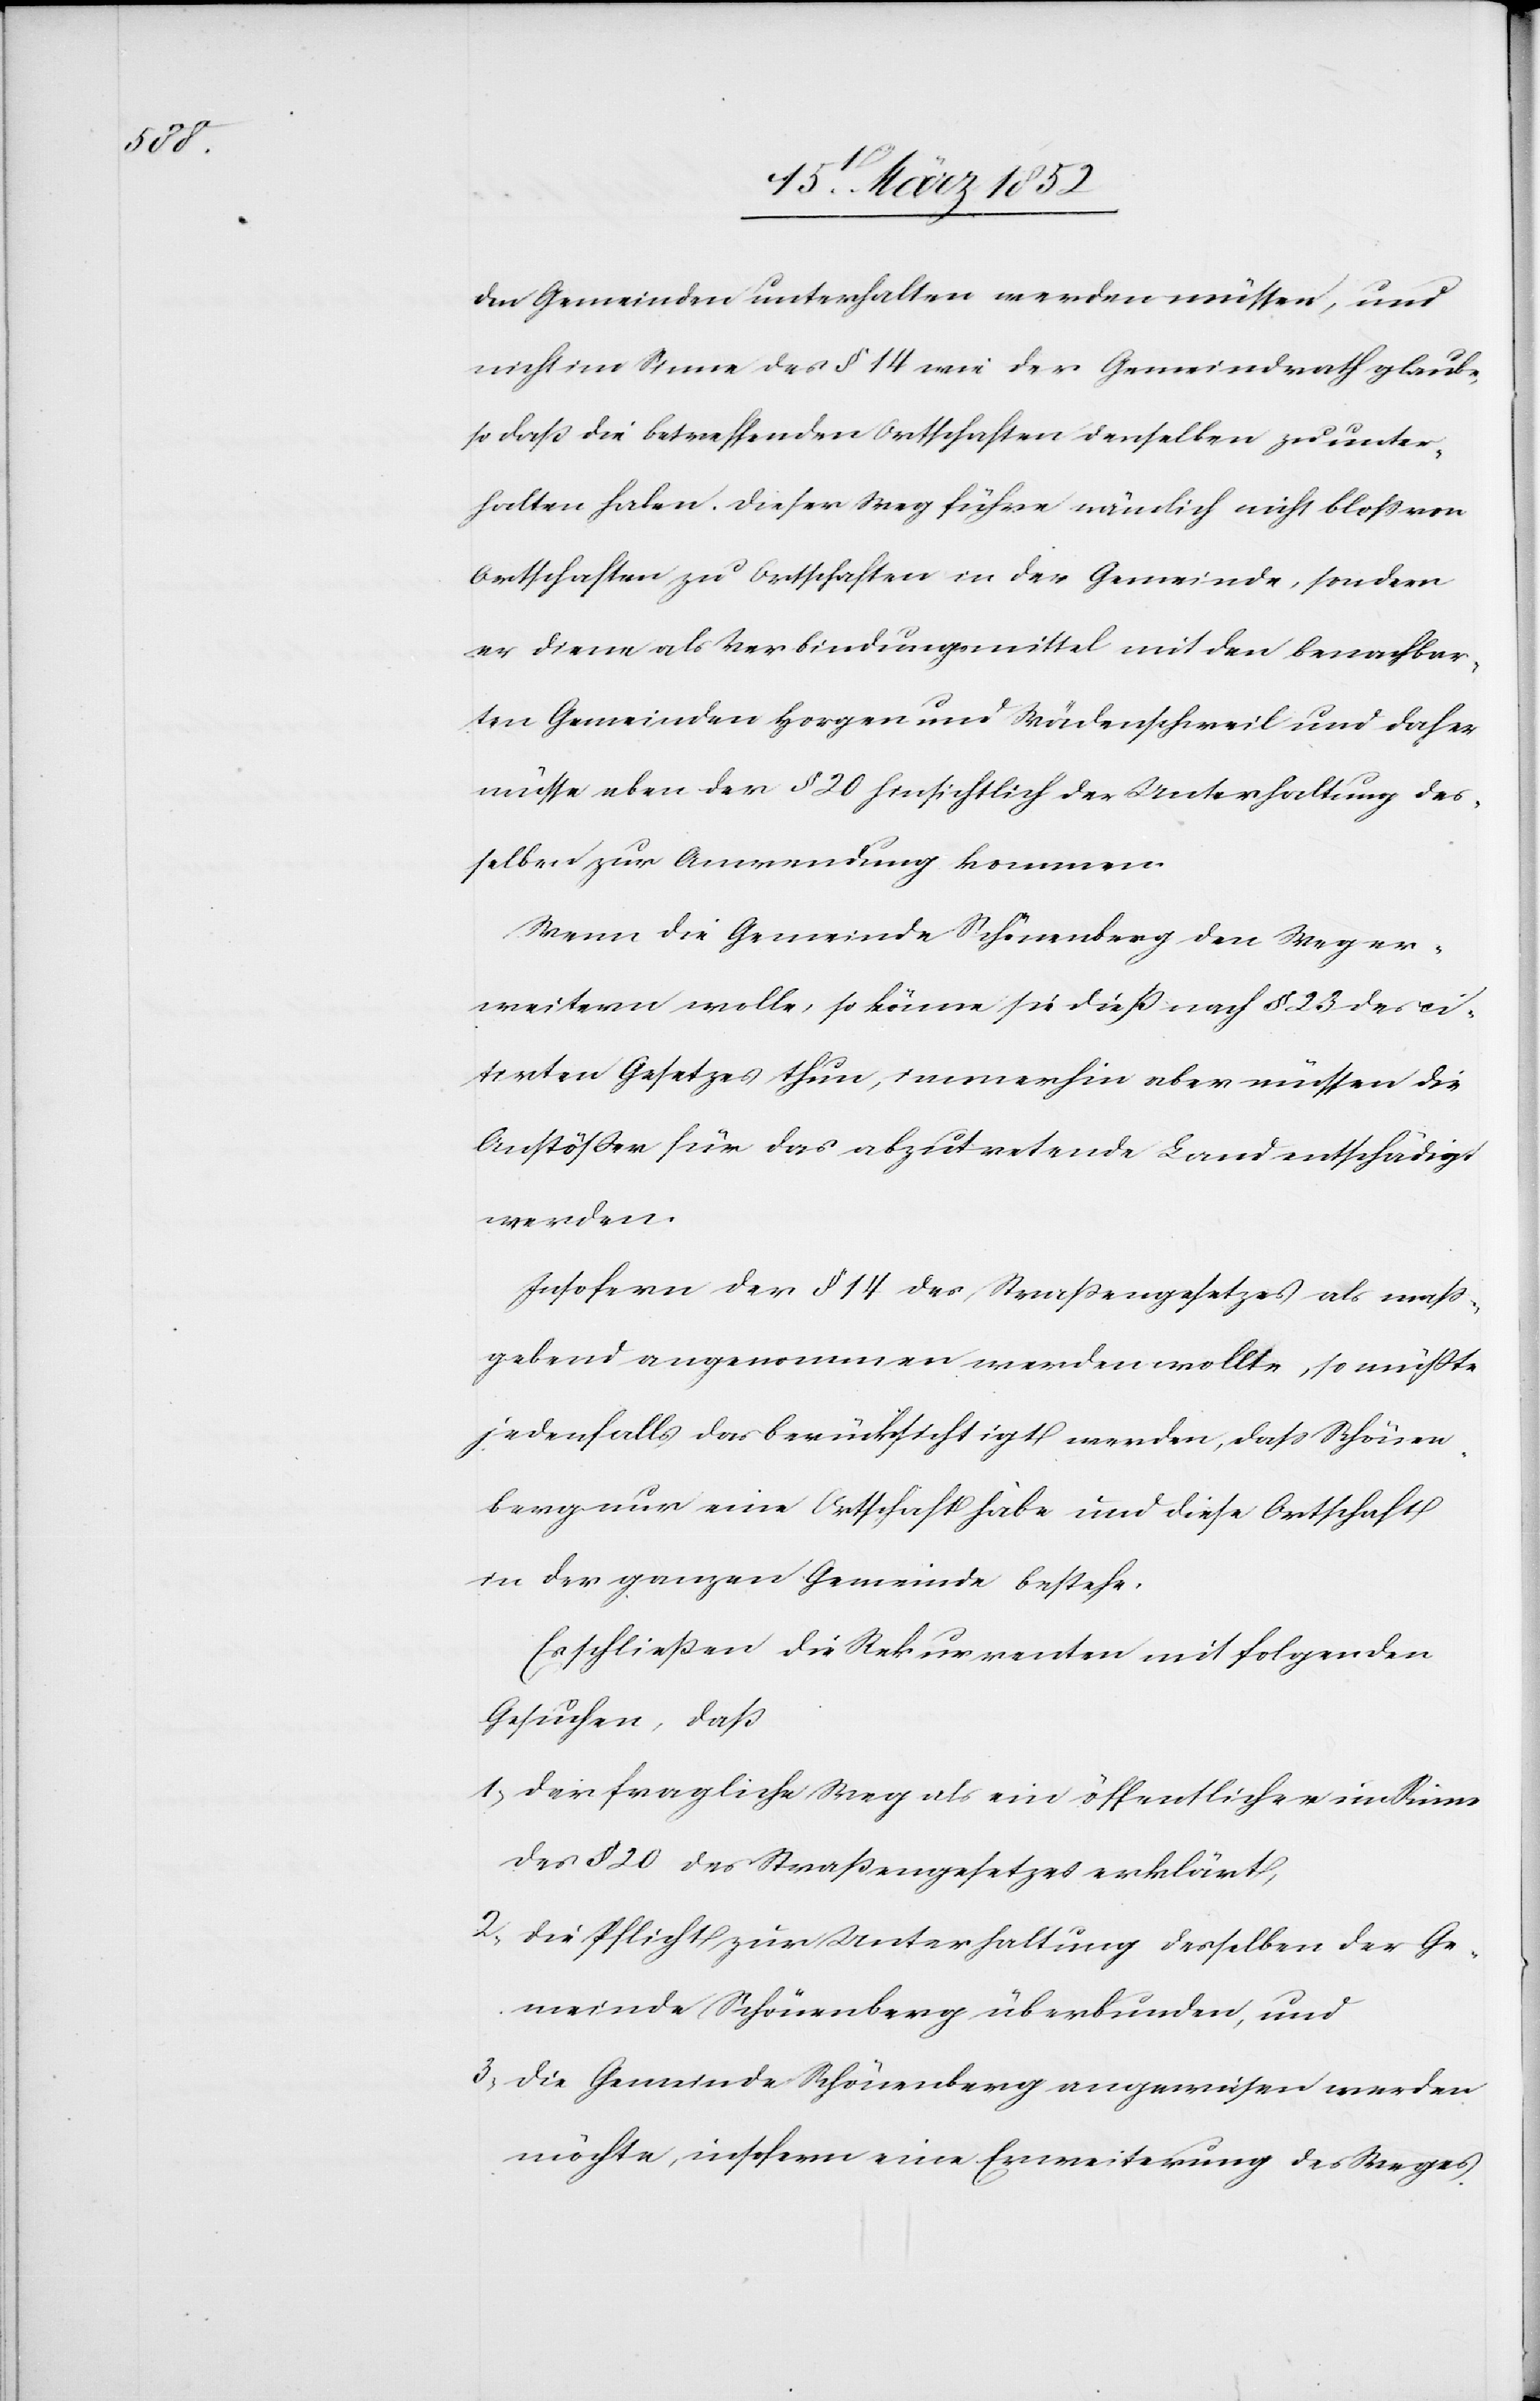
den Gemeinden unterhalten werden müssen, und
nicht im Sinne des § 14 wie der Gemeindrath glaube,
so daß die betreffenden Ortschaften denselben zu unter¬
halten haben. Dieser Weg führe nämlich nicht bloß von
Ortschaften zu Ortschaften in der Gemeinde, sondern
er diene als Verbindungsmittel mit den benachbar¬
ten Gemeinden Horgen und Wädenschweil und daher
müsse eben der § 20 hinsichtlich der Unterhaltung des¬
selben zur Anwendung kommen.
Wenn die Gemeinde Schönenberg den Weg er¬
weitern wolle, so könne sie dieß nach § 23 des ci¬
tirten Gesetzes thun, immerhin aber müssen die
Anstößer für das abzutretende Land entschädigt
werden.
Insofern der § 14 des Straßengesetzes als maß¬
gebend angenommen werden wollte, so müßte
jedenfalls das berücksichtigt werden, daß Schönen¬
berg nur eine Ortschaft habe und diese Ortschaft
in der ganzen Gemeinde bestehe.
Es schließen die Rekurrenten mit folgenden
Gesuchen, daß
1, Der fragliche Weg als ein öffentlicher im Sinne
des § 20 des Straßengesetzes erklärt,
2, Die Pflicht zur Unterhaltung desselben der Ge¬
meinde Schönenberg überbunden, und
3, Die Gemeinde Schönenberg angewiesen werden
möchte, insofern eine Erweiterung des Weges